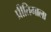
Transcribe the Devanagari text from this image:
प्रीतिमाला